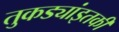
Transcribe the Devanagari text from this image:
तुकड्यांइतकी